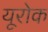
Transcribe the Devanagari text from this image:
यूरोक